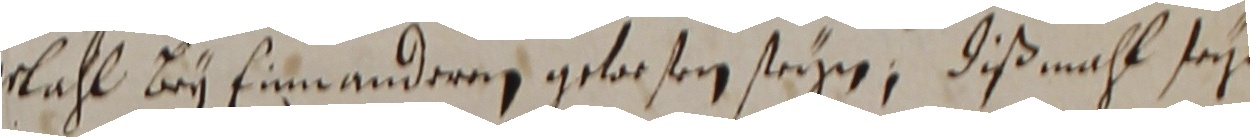
wahl bey einnanderen gelrsen steigen. diß mahl seye